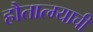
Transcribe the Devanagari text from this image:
हौतात्म्याची